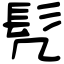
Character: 髠